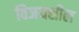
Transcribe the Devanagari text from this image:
विजयशील